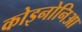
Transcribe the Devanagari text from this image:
कोइनोनिआ